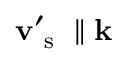
\ensuremath { \mathbf { v } } _ { \mathrm { ~ s ~ } } ^ { \prime } \parallel \ensuremath { \mathbf { k } }